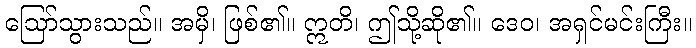
ဩော်သွားသည်။ အမှိ၊ ဖြစ်၏။ ဣတိ၊ ဤသို့ဆို၏။ ဒေဝ၊ အရှင်မင်းကြီး။